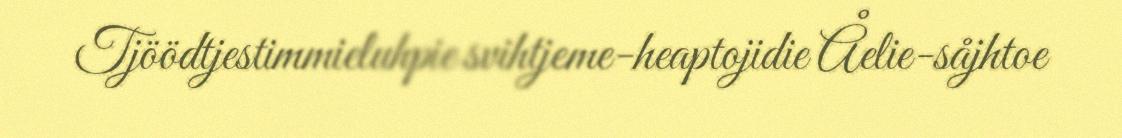
Tjöödtjestimmieluhpie svihtjeme-heaptojidie Åelie-såjhtoe